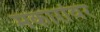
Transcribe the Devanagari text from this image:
मकारांवर